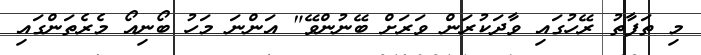
މި ތަފާތު ރޭހުގައި ވާދަކުރަން ވަރަށް ބޭނުންވޭ" އަންނަ މަހު ބޯނިއޯ މެރެތަންގައި